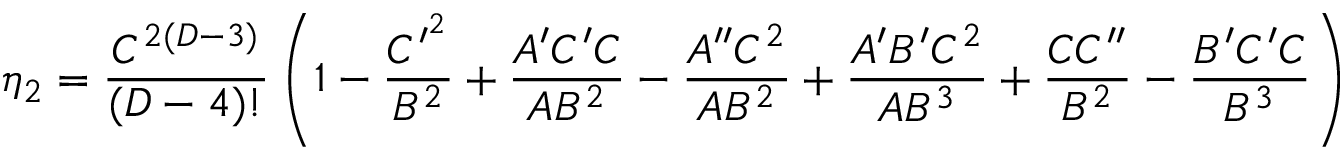
\eta _ { 2 } = { \frac { C ^ { 2 ( D - 3 ) } } { ( D - 4 ) ! } } \left( 1 - { \frac { C ^ { \prime ^ { 2 } } } { B ^ { 2 } } } + { \frac { A ^ { \prime } C ^ { \prime } C } { A B ^ { 2 } } } - { \frac { A ^ { \prime \prime } C ^ { 2 } } { A B ^ { 2 } } } + { \frac { A ^ { \prime } B ^ { \prime } C ^ { 2 } } { A B ^ { 3 } } } + { \frac { C C ^ { \prime \prime } } { B ^ { 2 } } } - { \frac { B ^ { \prime } C ^ { \prime } C } { B ^ { 3 } } } \right)